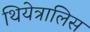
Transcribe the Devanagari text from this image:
थियेत्रालिस